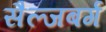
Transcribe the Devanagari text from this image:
सैल्जबर्ग